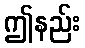
ဤနည်း